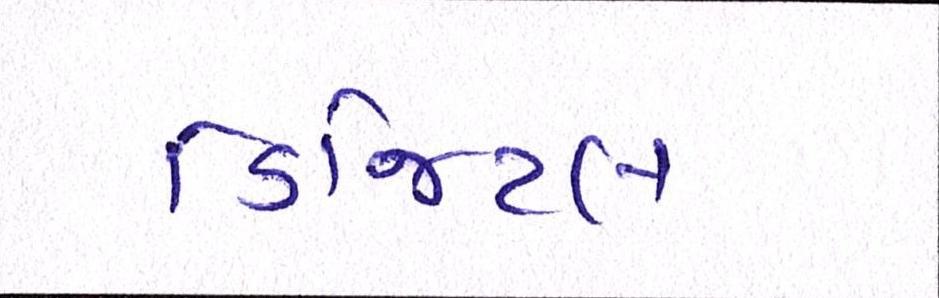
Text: ડિજિટલ